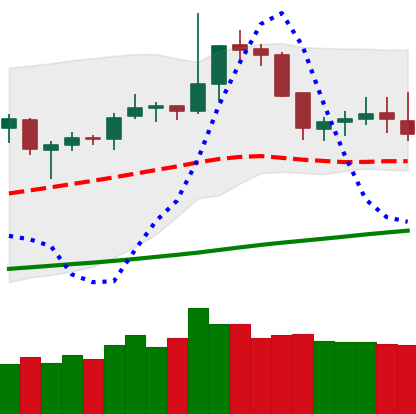
Ticker: DOGE-USD
Chart end date: 2019-06-09
Forward return: 3.718%
Label: up_3_5